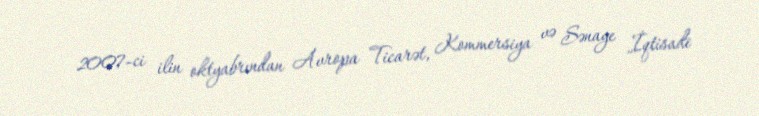
2007-ci ilin oktyabrından Avropa Ticarət, Kommersiya və Sənaye İqtisadi